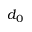
d _ { 0 }